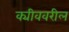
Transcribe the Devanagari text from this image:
क्यीववरील